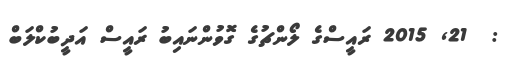
:  21